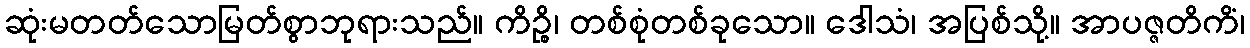
ဆုံးမတတ်သောမြတ်စွာဘုရားသည်။ ကိဉ္စိ၊ တစ်စုံတစ်ခုသော။ ဒေါသံ၊ အပြစ်သို့။ အာပဇ္ဇတိကိံ၊